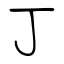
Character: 丁